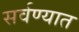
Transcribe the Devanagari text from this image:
सर्वण्यात